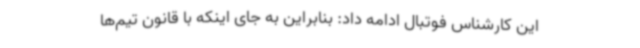
این کارشناس فوتبال ادامه داد: بنابراین به جای اینکه با قانون تیم‌ها